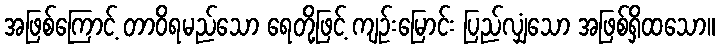
အဖြစ်ကြောင့် တာဝိရမည်သော ရေတို့ဖြင့် ကျဉ်းမြောင်း ပြည်လျှံသော အဖြစ်ရှိထသော။